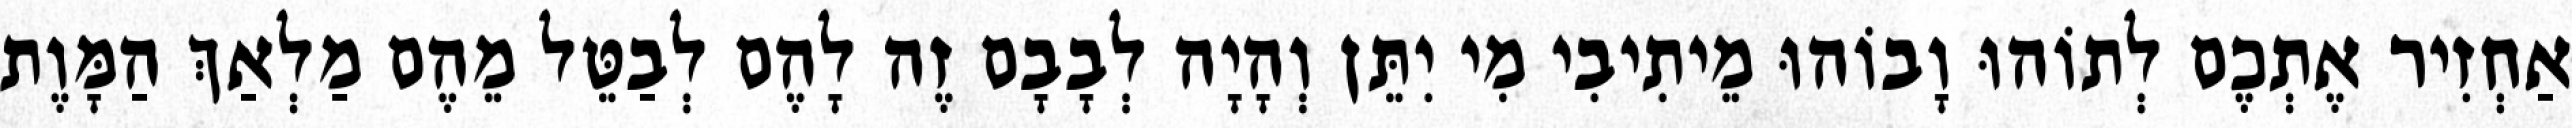
אַחְזִיר אֶתְכֶם לְתוֹהוּ וָבוֹהוּ מֵיתִיבִי מִי יִתֵּן וְהָיָה לְבָבָם זֶה לָהֶם לְבַטֵּל מֵהֶם מַלְאַךְ הַמָּוֶת